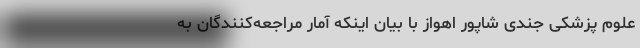
علوم پزشکی جندی شاپور اهواز با بیان اینکه آمار مراجعه‌کنندگان به